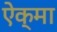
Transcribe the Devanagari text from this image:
ऐक्मा